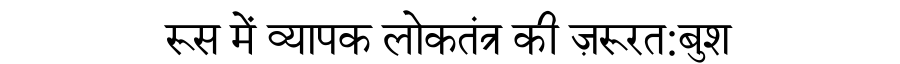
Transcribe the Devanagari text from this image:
रूस में व्यापक लोकतंत्र की ज़रूरत:बुश